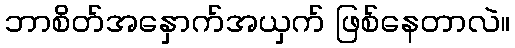
ဘာစိတ်အနှောက်အယှက် ဖြစ်နေတာလဲ။